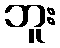
ဘူး